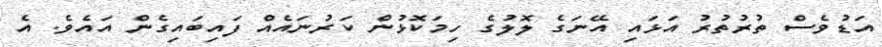
އަޑުވެސް ތުރުތުރު އަޅައި އޭނަގެ ލޮލުގެ ހިމަކޮޅުން ކަރުނައެއް ފައިބައިގެން އައެވެ. އެ